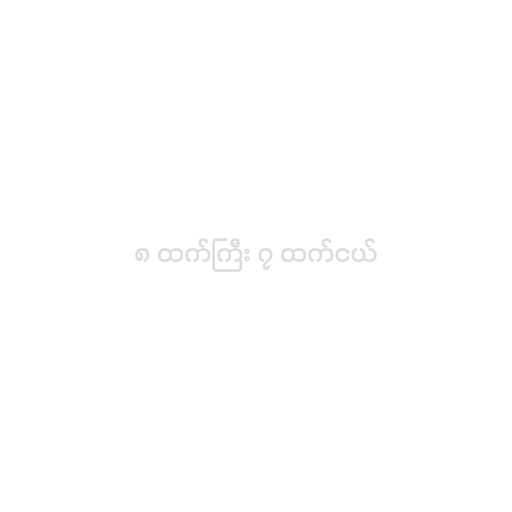
၈ ထက်ကြီး ၇ ထက်ငယ်